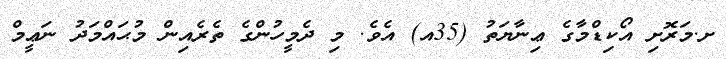
ށ.މަރޮށި އޯކިޑްމާގެ ޢިނާޔަތު (35އ) އެވެ. މި ދެމީހުންގެ ތެރެއިން މުޙައްމަދު ނަޢީމް